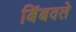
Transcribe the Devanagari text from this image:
बिंबवले